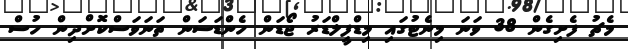
މެޗު ފެށިގެން 38 ވަނަ މިނެޓުގައި މިޑްފީލްޑަރު ޖޯޑަން ހެންޑަސަން ތަނަވަސްކޮށްދިން ހުސް